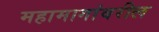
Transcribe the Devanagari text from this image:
महामागांवरील